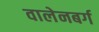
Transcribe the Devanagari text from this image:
वालेनबर्ग